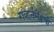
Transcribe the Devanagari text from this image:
गव्हर्नमेंट्सची